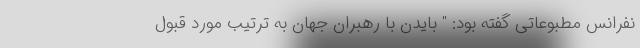
نفرانس مطبوعاتی گفته بود: " بایدن با رهبران جهان به ترتیب مورد قبول